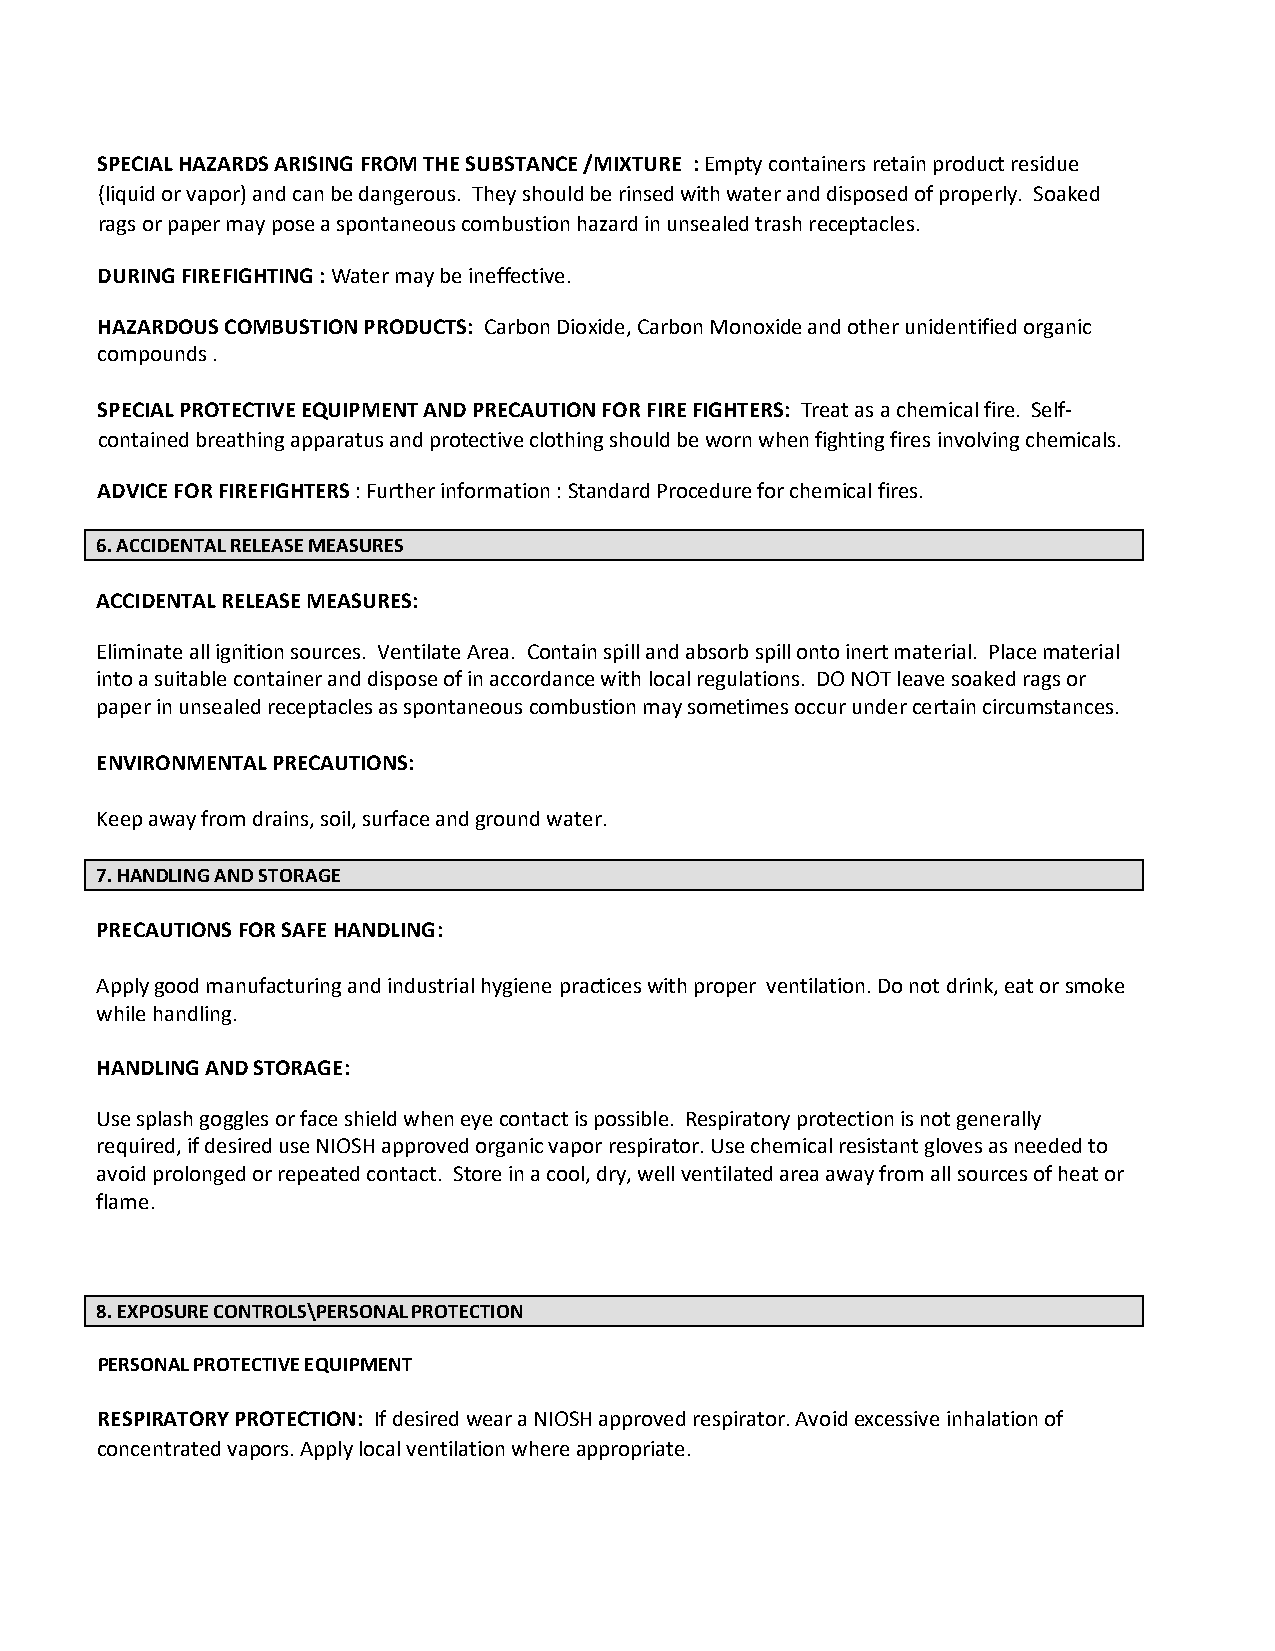
SPECIAL HAZARDS ARISING FROM THE SUBSTANCE /MIXTURE : Empty containers retain product residue
 (liquid or vapor) and can be dangerous. They should be rinsed with water and disposed of properly. Soaked
 rags or paper may pose a spontaneous combustion hazard in unsealed trash receptacles.
 DURING FIREFIGHTING : Water may be ineffective.
 HAZARDOUS COMBUSTION PRODUCTS: Carbon Dioxide, Carbon Monoxide and other unidentified organic
 compounds .
 SPECIAL PROTECTIVE EQUIPMENT AND PRECAUTION FOR FIRE FIGHTERS: Treat as a chemical fire. Self-
 contained breathing apparatus and protective clothing should be worn when fighting fires involving chemicals.
 ADVICE FOR FIREFIGHTERS : Further information : Standard Procedure for chemical fires.
 6. ACCIDENTAL RELEASE MEASURES
 ACCIDENTAL RELEASE MEASURES:
 Eliminate all ignition sources. Ventilate Area. Contain spill and absorb spill onto inert material. Place material
 into a suitable container and dispose of in accordance with local regulations. DO NOT leave soaked rags or
 paper in unsealed receptacles as spontaneous combustion may sometimes occur under certain circumstances.
 ENVIRONMENTAL PRECAUTIONS:
 Keep away from drains, soil, surface and ground water.
 7. HANDLING AND STORAGE
 PRECAUTIONS FOR SAFE HANDLING:
 Apply good manufacturing and industrial hygiene practices with proper ventilation. Do not drink, eat or smoke
 while handling.
 HANDLING AND STORAGE:
 Use splash goggles or face shield when eye contact is possible. Respiratory protection is not generally
 required, if desired use NIOSH approved organic vapor respirator. Use chemical resistant gloves as needed to
 avoid prolonged or repeated contact. Store in a cool, dry, well ventilated area away from all sources of heat or
 flame.
 8. EXPOSURE CONTROLS\PERSONAL PROTECTION
 PERSONAL PROTECTIVE EQUIPMENT
 RESPIRATORY PROTECTION: If desired wear a NIOSH approved respirator. Avoid excessive inhalation of
 concentrated vapors. Apply local ventilation where appropriate.